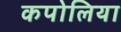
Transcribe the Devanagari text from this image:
कपोलिया